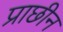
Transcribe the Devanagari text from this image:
प्राछीन